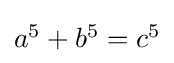
\textstyle a^{5}+b^{5}=c^{5}